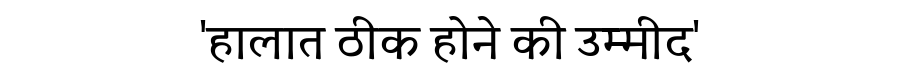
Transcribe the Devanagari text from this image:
'हालात ठीक होने की उम्मीद'